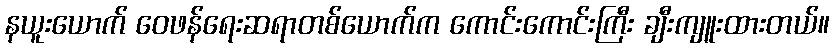
နယူးယောက် ဝေဖန်ရေးဆရာတစ်ယောက်က ကောင်းကောင်းကြီး ချီးကျူးထားတယ်။